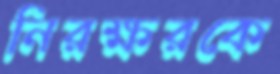
নিরক্ষরকে